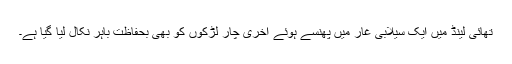
تھائی لینڈ میں ایک سیلابی غار میں پھنسے ہوئے آخری چار لڑکوں کو بھی بحفاظت باہر نکال لیا گیا ہے۔